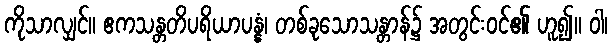
ကိုသာလျှင်။ ဧကသန္တတိပရိယာပန္နံ၊ တစ်ခုသောသန္တာန်၌ အတွင်းဝင်၏ ဟူ၍။ ဝါ၊